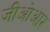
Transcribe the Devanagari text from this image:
जीओआर